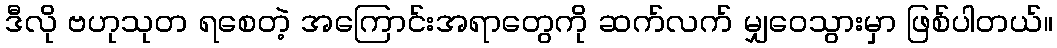
ဒီလို ဗဟုသုတ ရစေတဲ့ အကြောင်းအရာတွေကို ဆက်လက် မျှဝေသွားမှာ ဖြစ်ပါတယ်။